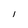
Character: l